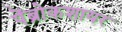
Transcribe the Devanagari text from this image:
पेंब्रोकशायर